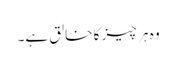
وہ ہر چیز کا خالق ہے۔